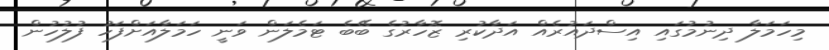
މިހަމަލާ ދިނުމުގައި އިސްދައުރެއް އަދާކުރި ޒޮހާރުގެ ބޭބެ ޓަމެލަން ވަނީ ހަމަލާއަށްފަހު ފުލުހުން